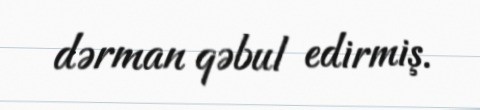
dərman qəbul edirmiş.